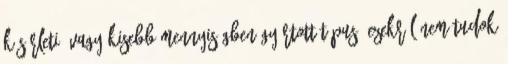
kísérleti, vagy kisebb mennyiségben gyártott típus, ezekről nem tudok